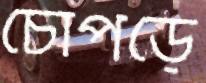
চোপড়ে